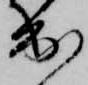
出